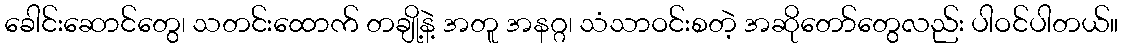
ခေါင်းဆောင်တွေ၊ သတင်းထောက် တချို့နဲ့ အတူ အနဂ္ဂ၊ သံသာဝင်းစတဲ့ အဆိုတော်တွေလည်း ပါဝင်ပါတယ်။